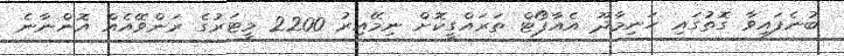
ބުނެފައިވާ ގޮތުގައި ހަނިމާދޫ އެއާޕޯޓް ތަރައްގީކޮށް ނިމޭއިރު 2200 މީޓަރުގެ ރަންވޭއެއް އޮންނާނެ